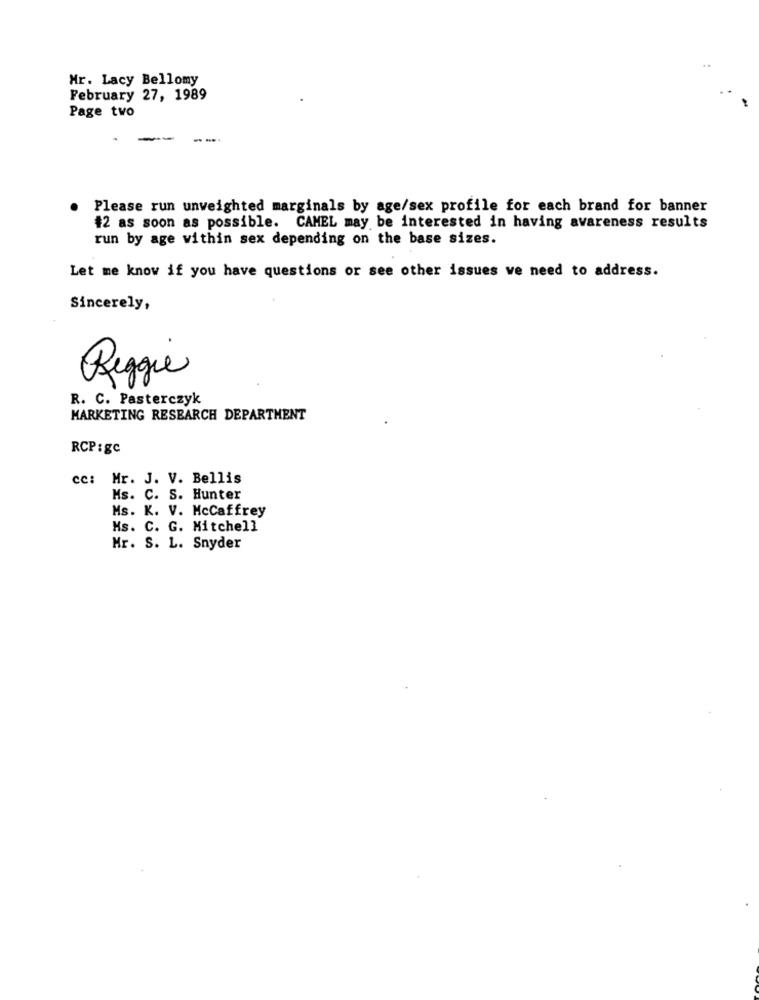
Mr. Lacy Bellomy
February 27, 1989
Page two
.
Please run unweighted marginals by age/sex profile for each brand for banner
#2 as soon as possible. CAMEL may be interested in having avareness results
run by age within sex depending on the base sizes.
Let me know if you have questions or see other issues we need to address.
Sincerely,
Reggie
R. C. Pasterczyk
MARKETING RESEARCH DEPARTMENT
RCP: gc
cc: Mr. J. V. Bellis
Ms. C. S. Hunter
Ms. K. V. McCaffrey
Ms. C. G. Mitchell
Mr. S. L. Snyder